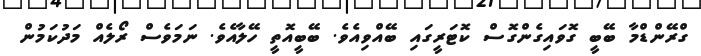
ގްރޭންޑްމާ ބޭބީ ގޮވައިގެންގޮސް ކޮޓަރީގައި ބޭއްވިއެވެ. ބޭބީއޮތީ ހޭލާއެވެ. ނަމަވެސް ރޯލެއް މަދުކަމުން